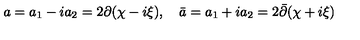
a = a _ { 1 } - i a _ { 2 } = 2 \partial ( \chi - i \xi ) , \quad \bar { a } = a _ { 1 } + i a _ { 2 } = 2 \bar { \partial } ( \chi + i \xi )